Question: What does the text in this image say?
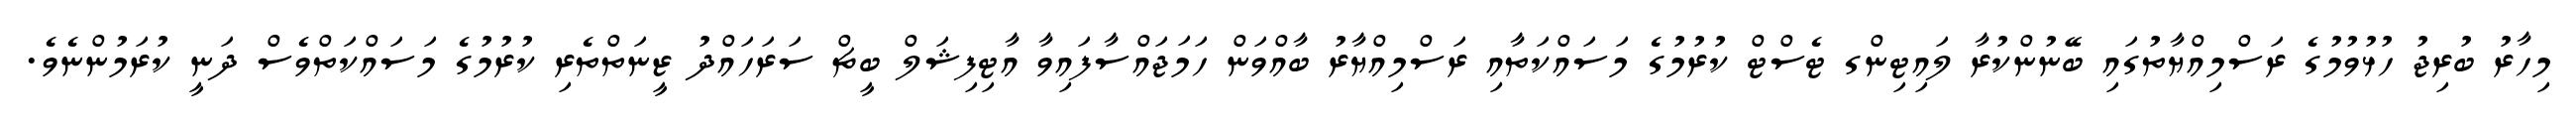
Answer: މިހާރު ބުރިޖު ހުޅުވުމުގެ ރަސްމިއްޔާތުގައި ބޭނުންކުރާ ލައިޓިންގ ޓެސްޓް ކުރުމުގެ މަސައްކަތާއި ރަސްމިއްޔާރު ބާއްވަން ހަމަޖައްސާފައިވާ އާޓިފިޝަލް ބީޗް ސަރަހައްދު ޒީނަތްތެރި ކުރުމުގެ މަސައްކަތްވެސް ދަނީ ކުރަމުންނެވެ.